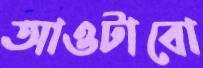
আওটাবো